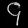
Digit: ၄